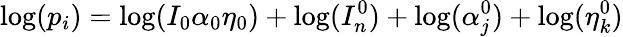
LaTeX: \mathrm{log}(p_{i})=\mathrm{log}(I_{0}\alpha_{0}\eta_{0})+\mathrm{log}(I_{n}^{0})+\mathrm{log}(\alpha_{j}^{0})+\mathrm{log}(\eta_{k}^{0})